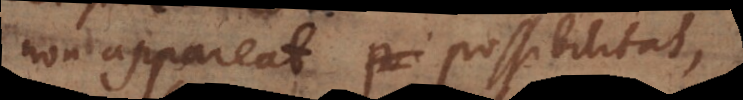
non appareat possibilitas,